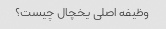
وظیفه اصلی یخچال چیست؟